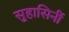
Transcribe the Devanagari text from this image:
सुहासिनीं